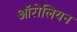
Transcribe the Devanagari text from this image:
ऑरोलियन